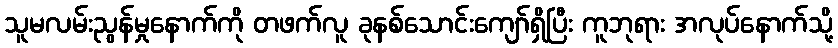
သူမလမ်းညွန်မှုနောက်ကို တဖက်လူ ခုနစ်သောင်းကျော်ရှိပြီး ကူဘုရား အလုပ်နောက်သို့